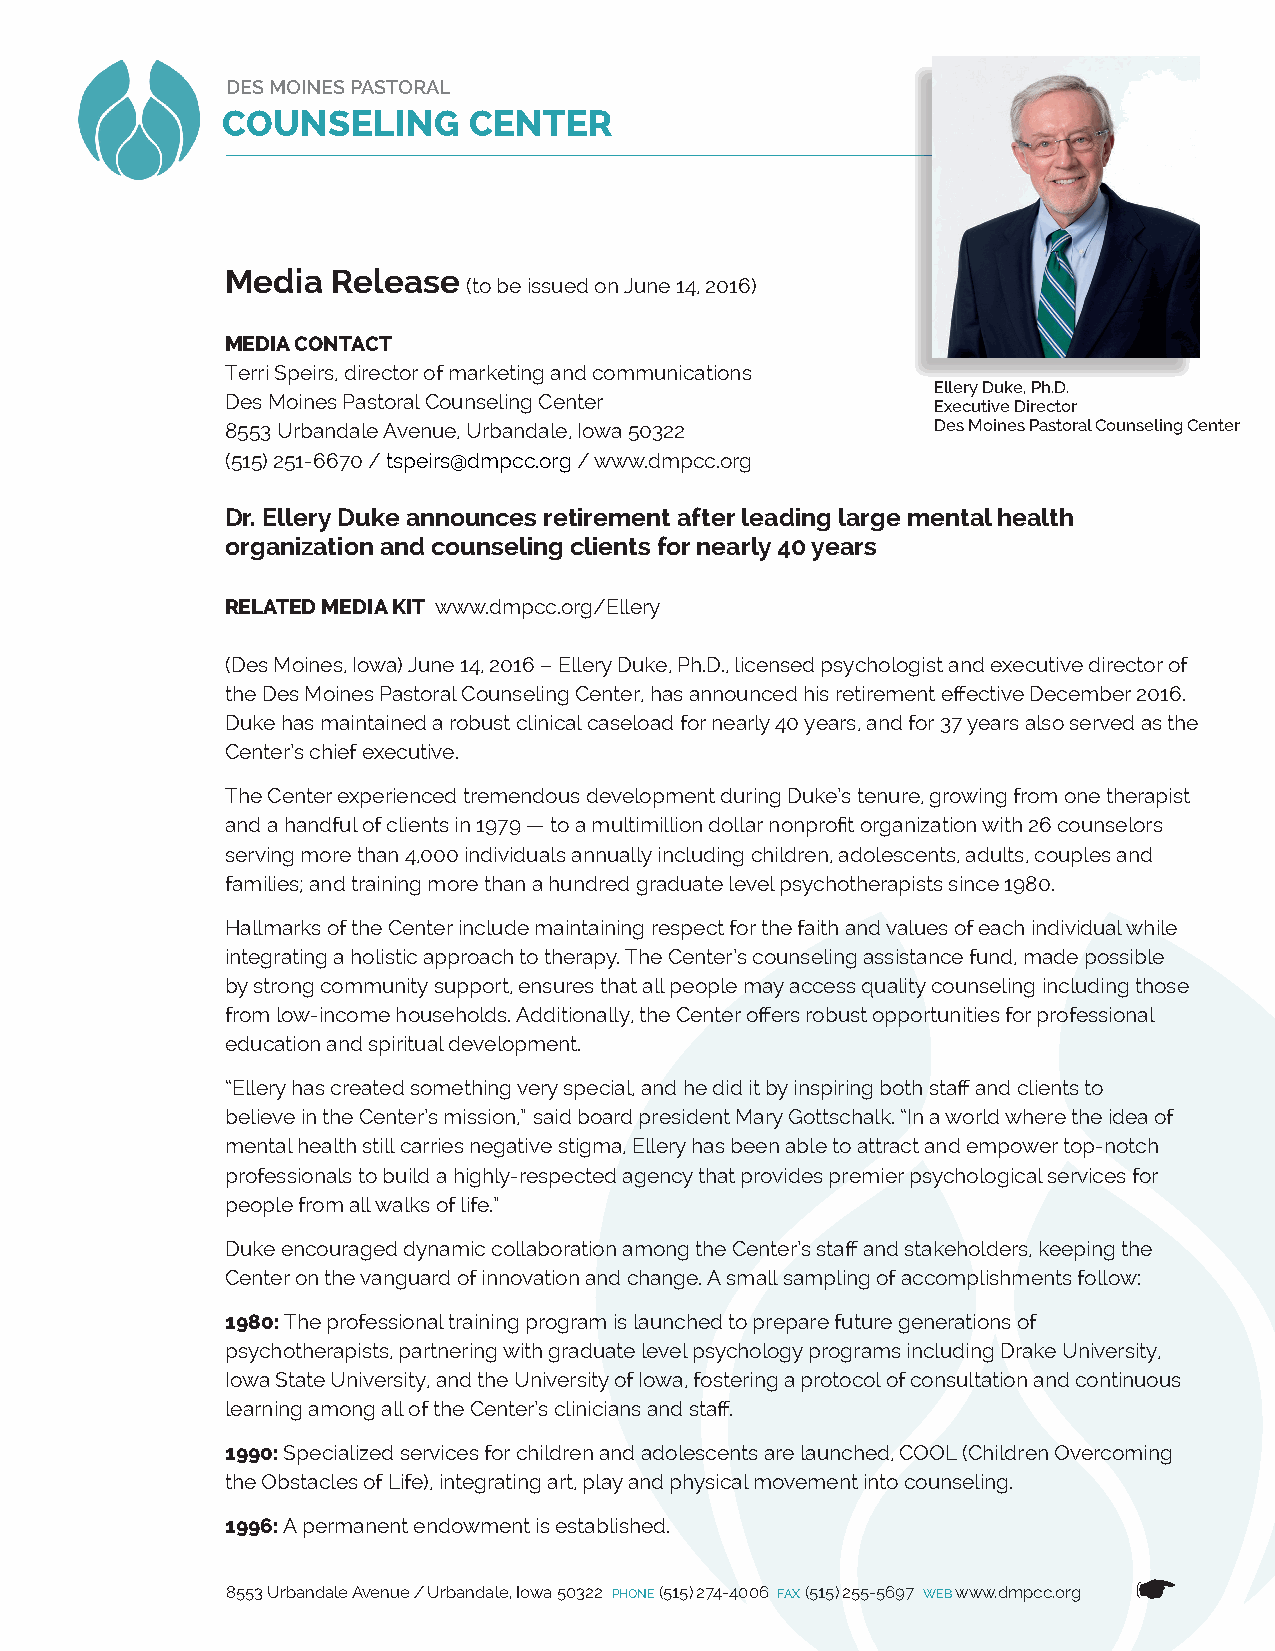
DES MOINES PASTORAL
 C OUNSELING     CENTER
 Media  Release
 (to be issued on June 14, 2016)
 MEDIA CONTACT
 Terri Speirs, director of marketing and communications
 Ellery Duke, Ph.D.
 Des Moines Pastoral Counseling Center          Executive Director
 8553 Urbandale Avenue, Urbandale, Iowa 50322   Des Moines Pastoral Counseling Center
 (515) 251-6670 / tspeirs@dmpcc.org / www.dmpcc.org
 Dr. Ellery Duke announces retirement after leading large mental health
 organization and counseling clients for nearly 40 years
 RELATED MEDIA KIT www.dmpcc.org/Ellery
 (Des Moines, Iowa) June 14, 2016 – Ellery Duke, Ph.D., licensed psychologist and executive director of
 the Des Moines Pastoral Counseling Center, has announced his retirement effective December 2016.
 Duke has maintained a robust clinical caseload for nearly 40 years, and for 37 years also served as the
 Center’s chief executive.
 The Center experienced tremendous development during Duke’s tenure, growing from one therapist
 and a handful of clients in 1979 — to a multimillion dollar nonprofit organization with 26 counselors
 serving more than 4,000 individuals annually including children, adolescents, adults, couples and
 families; and training more than a hundred graduate level psychotherapists since 1980.
 Hallmarks of the Center include maintaining respect for the faith and values of each individual while
 integrating a holistic approach to therapy. The Center’s counseling assistance fund, made possible
 by strong community support, ensures that all people may access quality counseling including those
 from low-income households. Additionally, the Center offers robust opportunities for professional
 education and spiritual development.
 “Ellery has created something very special, and he did it by inspiring both staff and clients to
 believe in the Center’s mission,” said board president Mary Gottschalk. “In a world where the idea of
 mental health still carries negative stigma, Ellery has been able to attract and empower top-notch
 professionals to build a highly-respected agency that provides premier psychological services for
 people from all walks of life.”
 Duke encouraged dynamic collaboration among the Center’s staff and stakeholders, keeping the
 Center on the vanguard of innovation and change. A small sampling of accomplishments follow:
 1980: The professional training program is launched to prepare future generations of
 psychotherapists, partnering with graduate level psychology programs including Drake University,
 Iowa State University, and the University of Iowa, fostering a protocol of consultation and continuous
 learning among all of the Center’s clinicians and staff.
 1990: Specialized services for children and adolescents are launched, COOL (Children Overcoming
 the Obstacles of Life), integrating art, play and physical movement into counseling.
 1996: A permanent endowment is established.
 ☛
 8553 Urbandale Avenue / Urbandale, Iowa 50322 PHONE (515) 274-4006 FAX (515) 255-5697 WEB www.dmpcc.org